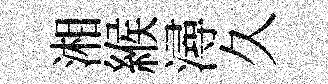
湘緱潯久